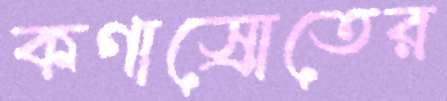
কণাস্রোতের